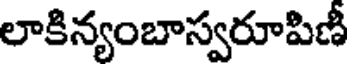
లాకిన్యంబాస్వరూపిణీ